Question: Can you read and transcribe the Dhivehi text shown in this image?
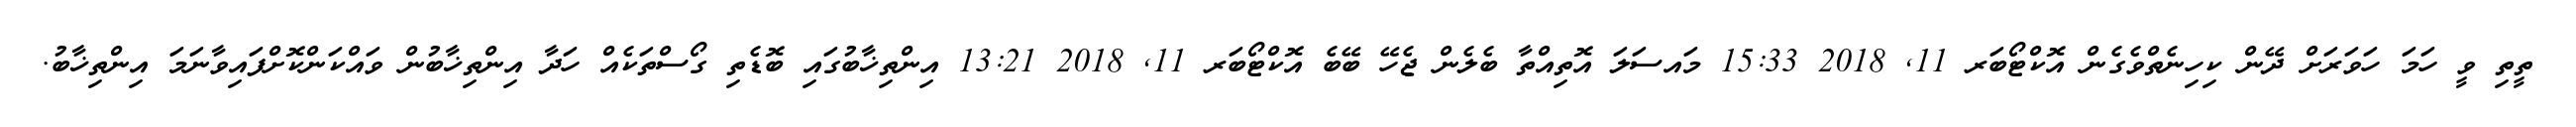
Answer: ތީތި ވީ ހަމަ ހަވަރަށް ދޭން ކިހިނެތްވެގެން އޮކްޓޯބަރ 11, 2018 15:33 މައސަލަ އޮތިއްތާ ބެލެން ޖެހޭ ބޭބެ އޮކްޓޯބަރ 11, 2018 13:21 އިންތިޚާބުގައި ބޮޑެތި ގޯސްތަކެއް ހަދާ އިންތިޚާބުން ވައްކަންކޮށްފައިވާނަމަ އިންތިޚާބު.